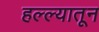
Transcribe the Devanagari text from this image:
हल्ल्यातून